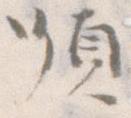
順